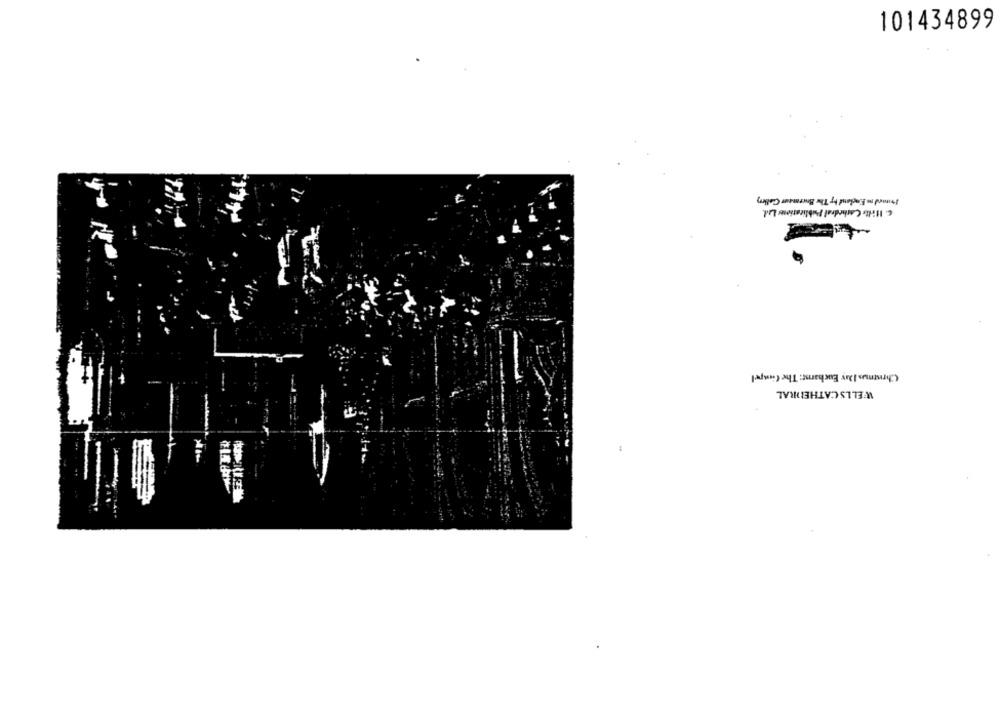
101434899
Frutaed me England by The Bowrasur Gallery
C. Ifills Cathedral Publications La.
17+
Christmas Day Eucharist: The Cienpel
WELLS CATHEDRAL